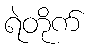
ရဲတိုက်